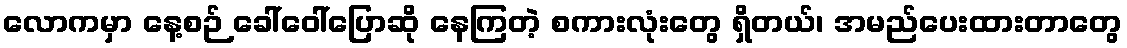
လောကမှာ နေ့စဉ် ခေါ်ဝေါ်ပြောဆို နေကြတဲ့ စကားလုံးတွေ ရှိတယ်၊ အမည်ပေးထားတာတွေ